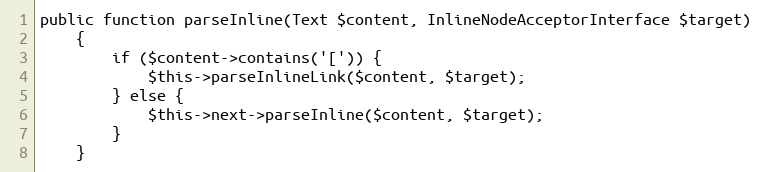
Language: PHP
public function parseInline(Text $content, InlineNodeAcceptorInterface $target)
    {
        if ($content->contains('[')) {
            $this->parseInlineLink($content, $target);
        } else {
            $this->next->parseInline($content, $target);
        }
    }